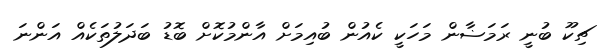
ޗިކޫ ބުނީ ރަމަޟާން މަހަކީ ކެއުން ބުއިމަށް އާންމުކޮށް ބޮޑު ބަދަލުތަކެއް އަންނަ